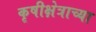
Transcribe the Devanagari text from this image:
कृषीक्षेत्राच्या